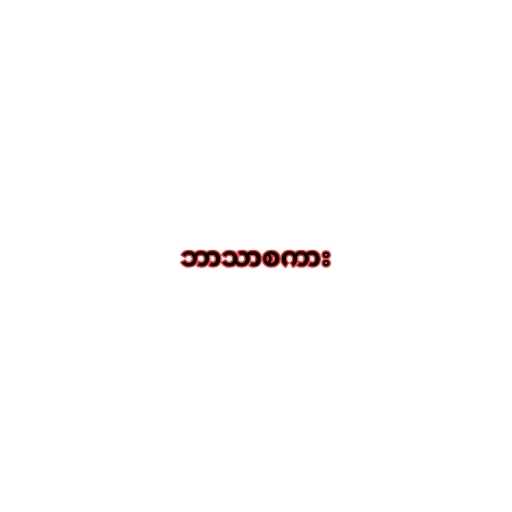
ဘာသာစကား